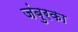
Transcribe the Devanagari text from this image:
जंबुरका